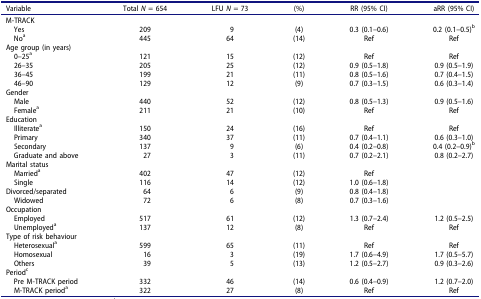
<table><thead><tr><td><b>Variable</b></td><td><b>Total <i>N</i> = 654</b></td><td><b>LFU <i>N</i> = 73</b></td><td><b>(%)</b></td><td><b>RR (95% CI)</b></td><td><b>aRR (95% CI)</b></td></tr></thead><tbody><tr><td>M-TRACK</td><td> </td><td> </td><td> </td><td> </td><td> </td></tr><tr><td> Yes</td><td>209</td><td>9</td><td>(4)</td><td>0.3 (0.1–0.6)</td><td>0.2 (0.1–0.5)<sup>b</sup></td></tr><tr><td> No<sup>a</sup></td><td>445</td><td>64</td><td>(14)</td><td>Ref</td><td>Ref</td></tr><tr><td>Age group (in years)</td><td> </td><td> </td><td> </td><td> </td><td> </td></tr><tr><td> 0–25<sup>a</sup></td><td>121</td><td>15</td><td>(12)</td><td>Ref</td><td>Ref</td></tr><tr><td> 26–35</td><td>205</td><td>25</td><td>(12)</td><td>0.9 (0.5–1.8)</td><td>0.9 (0.5–1.9)</td></tr><tr><td> 36–45</td><td>199</td><td>21</td><td>(11)</td><td>0.8 (0.5–1.6)</td><td>0.7 (0.4–1.5)</td></tr><tr><td> 46–90</td><td>129</td><td>12</td><td>(9)</td><td>0.7 (0.3–1.5)</td><td>0.6 (0.3–1.4)</td></tr><tr><td>Gender</td><td> </td><td> </td><td> </td><td> </td><td> </td></tr><tr><td> Male</td><td>440</td><td>52</td><td>(12)</td><td>0.8 (0.5–1.3)</td><td>0.9 (0.5–1.6)</td></tr><tr><td> Female<sup>a</sup></td><td>211</td><td>21</td><td>(10)</td><td>Ref</td><td>Ref</td></tr><tr><td>Education</td><td> </td><td> </td><td> </td><td> </td><td> </td></tr><tr><td> Illiterate<sup>a</sup></td><td>150</td><td>24</td><td>(16)</td><td>Ref</td><td>Ref</td></tr><tr><td> Primary</td><td>340</td><td>37</td><td>(11)</td><td>0.7 (0.4–1.1)</td><td>0.6 (0.3–1.0)</td></tr><tr><td> Secondary</td><td>137</td><td>9</td><td>(6)</td><td>0.4 (0.2–0.8)</td><td>0.4 (0.2–0.9)<sup>b</sup></td></tr><tr><td> Graduate and above</td><td>27</td><td>3</td><td>(11)</td><td>0.7 (0.2–2.1)</td><td>0.8 (0.2–2.7)</td></tr><tr><td>Marital status</td><td> </td><td> </td><td> </td><td> </td><td> </td></tr><tr><td> Married<sup>a</sup></td><td>402</td><td>47</td><td>(12)</td><td>Ref</td><td> </td></tr><tr><td> Single</td><td>116</td><td>14</td><td>(12)</td><td>1.0 (0.6–1.8)</td><td> </td></tr><tr><td>Divorced/separated</td><td>64</td><td>6</td><td>(9)</td><td>0.8 (0.4–1.8)</td><td> </td></tr><tr><td> Widowed</td><td>72</td><td>6</td><td>(8)</td><td>0.7 (0.3–1.6)</td><td> </td></tr><tr><td>Occupation</td><td> </td><td> </td><td> </td><td> </td><td> </td></tr><tr><td> Employed</td><td>517</td><td>61</td><td>(12)</td><td>1.3 (0.7–2.4)</td><td>1.2 (0.5–2.5)</td></tr><tr><td> Unemployed<sup>a</sup></td><td>137</td><td>12</td><td>(8)</td><td>Ref</td><td>Ref</td></tr><tr><td>Type of risk behaviour</td><td> </td><td> </td><td> </td><td> </td><td> </td></tr><tr><td> Heterosexual<sup>a</sup></td><td>599</td><td>65</td><td>(11)</td><td>Ref</td><td>Ref</td></tr><tr><td> Homosexual</td><td>16</td><td>3</td><td>(19)</td><td>1.7 (0.6–4.9)</td><td>1.7 (0.5–5.7)</td></tr><tr><td> Others</td><td>39</td><td>5</td><td>(13)</td><td>1.2 (0.5–2.7)</td><td>0.9 (0.3–2.6)</td></tr><tr><td>Period<sup>c</sup></td><td> </td><td> </td><td> </td><td> </td><td> </td></tr><tr><td> Pre M-TRACK period</td><td>332</td><td>46</td><td>(14)</td><td>0.6 (0.4–0.9)</td><td>1.2 (0.7–2.0)</td></tr><tr><td> M-TRACK period<sup>a</sup></td><td>322</td><td>27</td><td>(8)</td><td>Ref</td><td>Ref</td></tr></tbody></table>